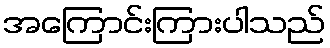
အကြောင်းကြားပါသည်